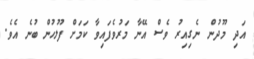
އަދި މޫދުން ނެގިއިރު ވެސް އޭނާ މަރުވެފައިވާ ކަމަށް ފުލުހުން ބުނެ އެވެ.